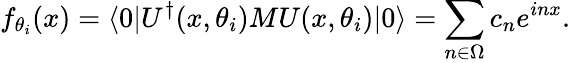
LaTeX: f_{\theta_{i}}(x)=\langle 0|U^{\dagger}(x,\theta_{i}){M}U(x,\theta_{i})|0\rangle=\sum_{n\in\Omega}c_{n}e^{inx}.